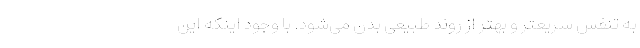
به تنفس سریعتر و بهتر از روند طبیعی بدن می‌شود. با وجود اینکه این